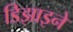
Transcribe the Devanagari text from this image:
डिझाइने